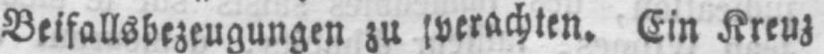
Beifallsbezeugungen zu verachten. Ein Kreuz